Vital statistics of India. Vol. IV, Annual returns from 1871 to 1876. British Army of India, Native Army and jails of Bengal
Year: 1871
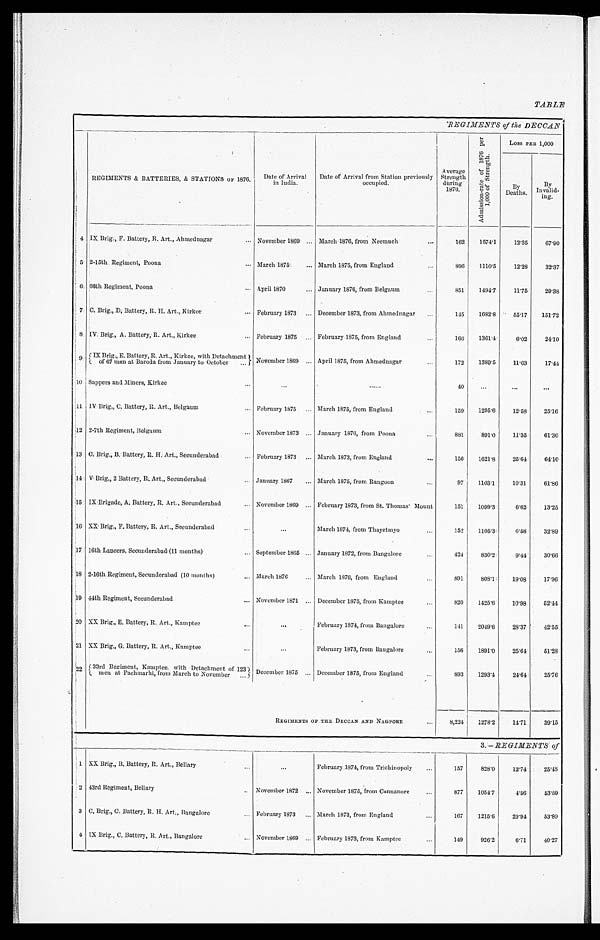
TABLE
REGIMENTS of the DECCAN
REGIMENTS & BATTERIES, & STATIONS OF 1876. Date of Arrival
in India.
Date of Arrival from Station previously
occupied.
Average
Strength
d u r i n g
1876.
A d m i s s i o n - r a t e o f 1 8 7 6 p e r
1 , 0 0 0 o f S t r e n g t h .
LOSS PER 1, 000
By D e a t h s . By
Invalid- i n g .
4
I X B r i g . , F . B a t t e r y , R . A r t . , A h m e d n a g a r
November 1869 March 1876, from Neemuch
162 1574.1 12.35 67.90
5 2-15th Regiment, Poona
March 1875
March 1875, from England
896 1110.5 12.28 32.37
6 66th Regiment, Poona
April 1870
January 1876, from Belgaum
851 1494.7 11.75 29.38
7 C. Brig., D, Battery, R. H. Art., Kirkee February 1873
December 1873, from Ahmednagar
145 1682.8 55.17 151.72
8 IV Brig., A. Battery, R. Art., Kirkee
February 1875
February 1875, from England
166 1361.4 6.02 24.10
9 I X Br i g. , E. Bat t er y, R. Ar t . , Ki r kee, wi t h Det achment of 67 men at Bar oda f or m J anuar y t o Oct ober
November 1869 April 1875, from Ahmednagar
172 1389.5 11.63 17.44
10 Sappers and Miners, Kirkee
40
11 IV Brig., C. Battery, R. Art., Belgaum
February 1875
March 1875, from England
159 1295.6 12.58 25.16
12 2-7th Regiment, Belgaum
November 1873 January 1876, from Poona
881 891.0 11.35 61.30
13 C. Brig., B. Battery, R. H. Art., Secunderabad
February 1873
March 1873, from England
156 1621.8 25.64 64.10
1 4 V Brig., 2 Battery, R. Art., Secunderabad
January 1867
March 1875, from Rangoon
97 1103.1 10.31 61.86
15 IX Brigade, A. Battery, R. Art., Secunderabad
November 1869 February 1873, from St. Thomas' Mount
151 1099.3 6.62 13.25
16 XX Brig., F. Battery, R. Art., Secunderabad
March 1874, from Thayetmyo
152 1105.3 6.58 32.89
1 7 16th Lancers, Secunderabad (11 months)
September 1865 January 1872, from Bangalore
424 830.2 9.44 30.66
18 2-16th Regiment, Secunderabad (10 months)
March 1876
March 1876, from England
891 808.1 19.08 17.96
19 44th Regiment, Secunderabad
November 1871 December 1875, from Kamptee
820 1425.6 10.98 52.44
20 XX Brig., E. Battery, R. Art., Kamptee
February 1874, from Bangalore
141 2049.6 28.37 42.55
21 XX Brig., G. Battery, R. Art., Kamptee
February 1873, from Bangalore
156 1891.0 25.64 51. 28
2 2 33rd Regiment, Kamptee with Detachment of 123
men at Pachmarhi, from March to November
December 1875 December 1875, from England
893 1293.4 24.64 25. 76
REGIMENTS OF THE DECCAN AND NAGPORE
8,224 1278.2 14.71 39. 15
3.—REGIMENTS of
1 XX_ Brig., B. Battery, R. Art., Bellary
February 1874, from Trichinopoly
157 828.0 12.74 25.48
2 43rd Regiment, Bellary
November 1872 November 1875, from Cannanore
877 1054.7 4. 56 53.59
3 C. Brig., C. Battery, R. H. Art., Bangalore
February 1873
March 1873, from England
1 6 7 1215.6 29.94 53.89
4 IX Brig., C. Battery, R. Art., Bangalore
November 1869 February 1873, from Kamptee
1 4 9 926.2 6. 71 40.27